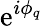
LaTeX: \mathrm{e}^{i\phi_{q}}